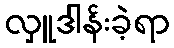
လှူဒါန်းခဲ့ရာ